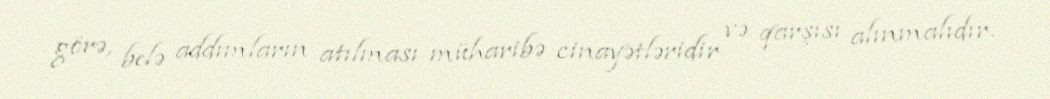
görə, belə addımların atılması müharibə cinayətləridir və qarşısı alınmalıdır.